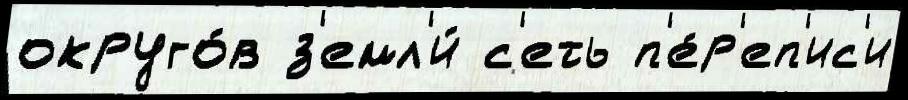
округо́в з'емл'и́ с'еть п'е́р'еп'ис'и